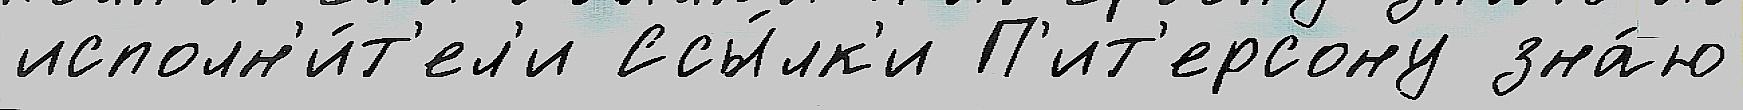
исполн'и́т'ел'и Ссы́лк'и П'ит'ерсону зна́ю